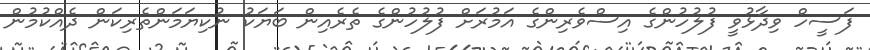
ފަސީހް ވިދާޅުވީ ފުލުހުންގެ އިސްވެރިންގެ އަމުރަށް ފުލުހުންގެ ތެރެއިން ބަޔަކު ނުކިޔަމަންތެރިކަން ދެއްކުމުން